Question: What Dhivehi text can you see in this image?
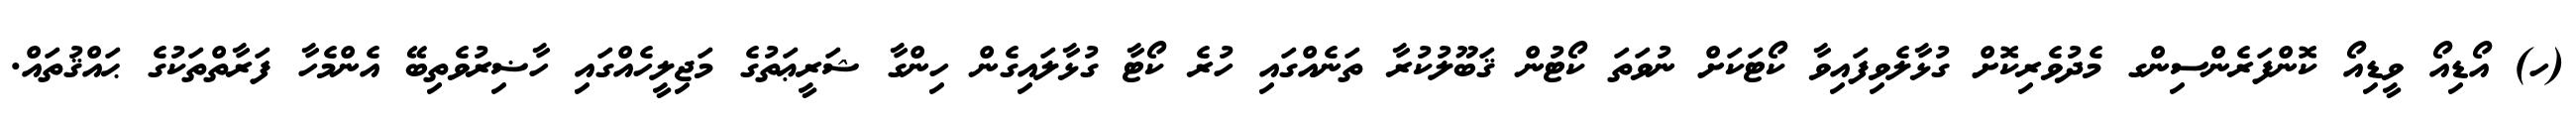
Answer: (ހ) އޯޑިއޯ ވީޑިއޯ ކޮންފަރެންސިންގ މެދުވެރިކޮށް ގުޅާލެވިފައިވާ ކޯޓަކަށް ނުވަތަ ކޯޓުން ޤަބޫލުކުރާ ތަނެއްގައި ހުރެ ކޯޓާ ގުޅާލައިގެން ހިންގާ ޝަރީޢަތުގެ މަޖިލީހެއްގައި ހާޟިރުވެތިބޭ އެންމެހާ ފަރާތްތަކުގެ ޙައްޤުތައް.